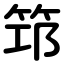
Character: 筇